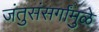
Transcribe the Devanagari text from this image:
जंतुसंसर्गांमुळे